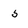
Character: 5